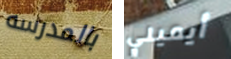
بالمدرسه أيميلي